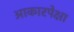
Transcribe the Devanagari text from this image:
आकारपेक्षा